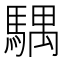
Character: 𩤛